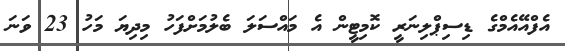
އެފްއޭއެމްގެ ޑިސިޕްލިނަރީ ކޮމިޓީން އެ މައްސަަލަ ބެލުމަށްފަހު މިދިޔަ މަހު 23 ވަނަ